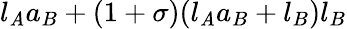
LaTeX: l_{\mathit{A}}a_{B}+(1+\sigma)(l_{\mathit{A}}a_{B}+l_{B})l_{B}